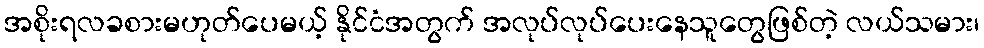
အစိုးရလခစားမဟုတ်ပေမယ့် နိုင်ငံအတွက် အလုပ်လုပ်ပေးနေသူတွေဖြစ်တဲ့ လယ်သမား၊